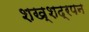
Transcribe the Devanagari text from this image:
शख्शद्रपन